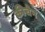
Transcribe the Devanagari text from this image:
कीचेन